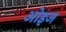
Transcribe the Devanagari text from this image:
ओइज